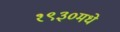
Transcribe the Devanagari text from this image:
१९३०मधे